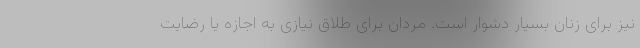
نیز برای زنان بسیار دشوار است. مردان برای طلاق نیازی به اجازه یا رضایت